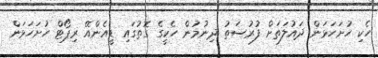
ހެކި ހުށަހަޅަން ދައުލަތަށް ފުރުސަތު ދިނުމުން ހެކީގެ ގޮތުގައި ޑީއެންއޭ ރިޕޯޓް ހުށަހަޅަން